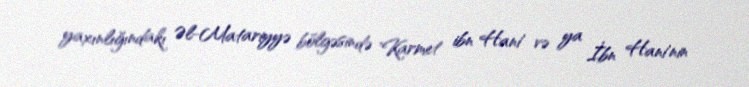
yaxınlığındakı Əl-Matariyyə bölgəsində 'Karmet ibn Hani' və ya İbn Hani'nin